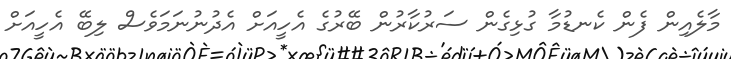
މާލެއިން ފެން ކެނޑުމާ ގުޅިގެން ސަރުކާރުން ބޭރުގެ އެހީއަށް އެދުނުނަމަވެސް ލިބޭ އެހީއަށް